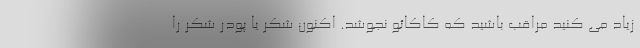
زیاد می کنید مراقب باشید که کاکائو نجوشد. اکنون شکر یا پودر شکر را